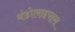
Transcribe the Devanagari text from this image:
बंडोलछपारा